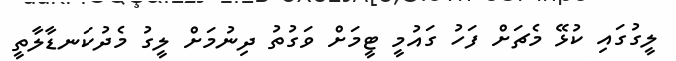
ލީގުގައި ކުޅޭ މެޗަށް ފަހު ގައުމީ ޓީމަށް ވަގުތު ދިނުމަށް ލީގު މެދުކަނޑާލާތީ